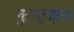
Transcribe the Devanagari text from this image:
कुएट्झल